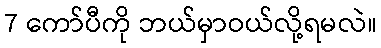
7 ကော်ပီကို ဘယ်မှာဝယ်လို့ရမလဲ။